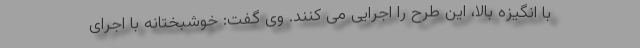
با انگیزه بالا، این طرح را اجرایی می کنند. وی گفت: خوشبختانه با اجرای